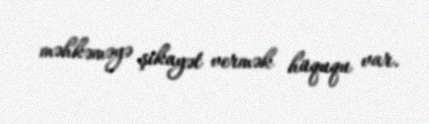
məhkəməyə şikayət vermək hüququ var.